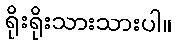
ရိုးရိုးသားသားပါ။